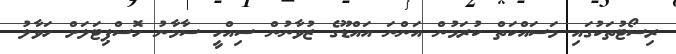
ރިސޯޓުތަކުގައި މަސައްކަތް ކުރަމުން އަންނަ އައްޑޫގެ ޒުވާނުން ސިއްހީ ސާމާނު ހޮސްޕިޓަލަށް ހަވާލު